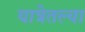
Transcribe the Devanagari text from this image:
यात्रेतल्या